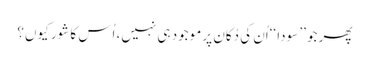
پھر جو ’’ سودا ‘‘اُن کی دُکان پر موجود ہی نہیں، اُس کا شور کیوں؟